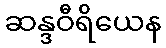
ဆန္ဒဝီရိယေန